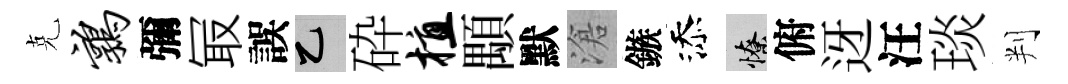
克鹑彌冣誤乙砕植顒默滄鏃添憭俯迓汪琰判